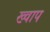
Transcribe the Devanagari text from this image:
ख्वाप